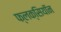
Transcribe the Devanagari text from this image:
फ्लक्सियॉन